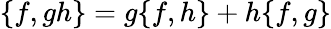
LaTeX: \{ f,gh\} =g\{ f,h\} +h\{ f,g\}